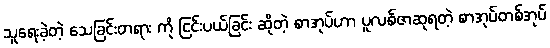
သူရေးခဲ့တဲ့ သေခြင်းတရား ကို ငြင်းပယ်ခြင်း ဆိုတဲ့ စာအုပ်ဟာ ပူလစ်ဇာဆုရတဲ့ စာအုပ်တစ်အုပ်